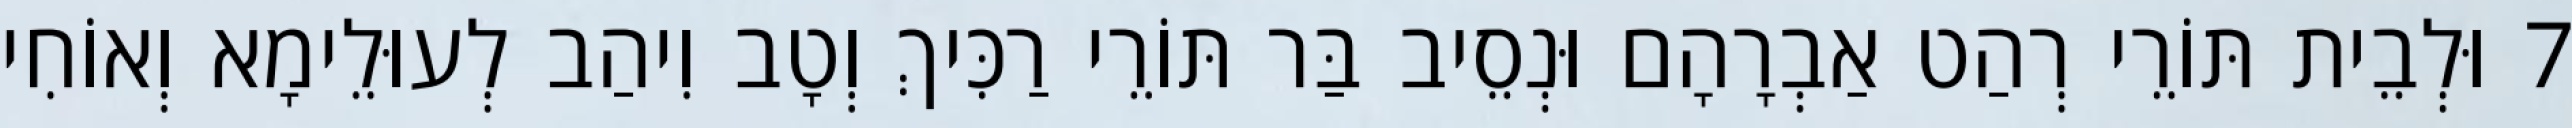
7 וּלְבֵית תּוֹרֵי רְהַט אַבְרָהָם וּנְסֵיב בַּר תּוֹרֵי רַכִּיךְ וְטָב וִיהַב לְעוּלֵימָא וְאוֹחִי